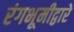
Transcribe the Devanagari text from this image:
रंगभूमीद्वारे